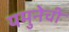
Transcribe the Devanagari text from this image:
यमुनेची